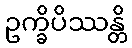
ဥက္ခိပိဿန္တိ